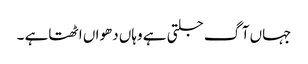
جہاں آگ جلتی ہے وہاں دھواں اٹھتاہے ۔